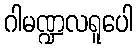
ဂါမဏ္ဍလရူပေါ